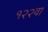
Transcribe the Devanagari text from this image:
१२२वा